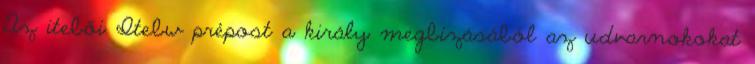
Az itebői Itebw prépost a király megbízásából az udvarnokokat